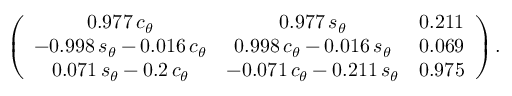
\left( \begin{array} { c c c } { { 0 . 9 7 7 \, c _ { \theta } } } & { { 0 . 9 7 7 \, s _ { \theta } } } & { { 0 . 2 1 1 } } \\ { { - 0 . 9 9 8 \, s _ { \theta } - 0 . 0 1 6 \, c _ { \theta } } } & { { 0 . 9 9 8 \, c _ { \theta } - 0 . 0 1 6 \, s _ { \theta } } } & { { 0 . 0 6 9 } } \\ { { 0 . 0 7 1 \, s _ { \theta } - 0 . 2 \, c _ { \theta } } } & { { - 0 . 0 7 1 \, c _ { \theta } - 0 . 2 1 1 \, s _ { \theta } } } & { { 0 . 9 7 5 } } \end{array} \right) .